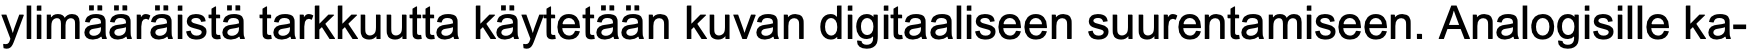
ylimääräistä tarkkuutta käytetään kuvan digitaaliseen suurentamiseen. Analogisille ka-